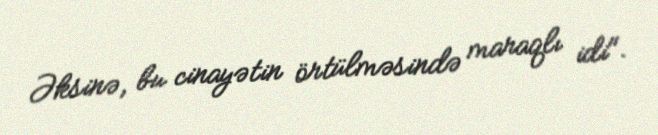
Əksinə, bu cinayətin örtülməsində maraqlı idi".